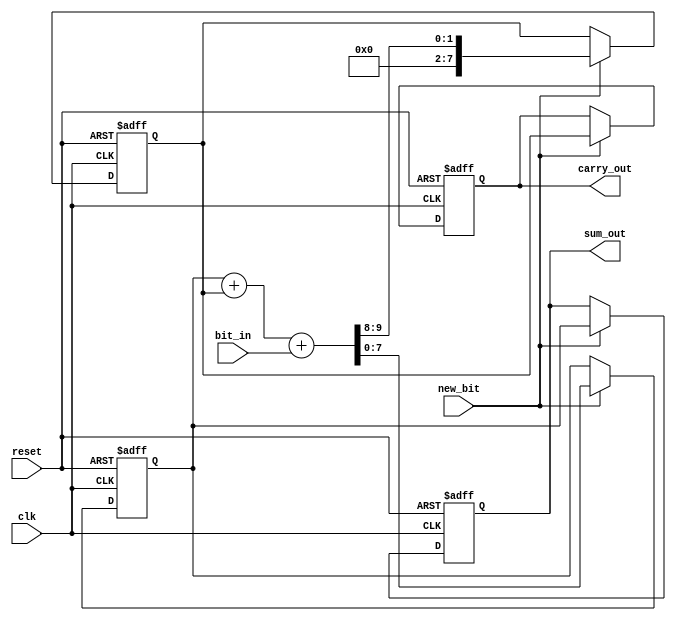
module CarrySaveAdder (
    input wire clk,            // Clock signal
    input wire reset,          // Reset signal
    input wire new_bit,        // Control signal indicating new bit availability
    input wire bit_in,         // Serial input bit
    output reg [7:0] sum_out,  // Sum output (8 bits)
    output reg [7:0] carry_out  // Carry output (8 bits)
);

    // Internal registers to hold current sum and carry
    reg [7:0] sum;             // Current sum
    reg [7:0] carry;           // Current carry

    // Sequential logic to update sum and carry on clock edge
    always @(posedge clk or posedge reset) begin
        if (reset) begin
            sum <= 8'b0;       // Reset sum to 0
            carry <= 8'b0;     // Reset carry to 0
            sum_out <= 8'b0;   // Reset output sum
            carry_out <= 8'b0; // Reset output carry
        end else if (new_bit) begin
            // Update sum and carry based on the new input bit
            {carry, sum} <= {1'b0, sum} + {1'b0, carry} + {7'b0, bit_in}; // Add current bit to sum and carry
            sum_out <= sum;     // Update output sum
            carry_out <= carry; // Update output carry
        end
    end

endmodule